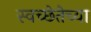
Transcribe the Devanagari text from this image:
स्वच्छेतेच्या